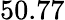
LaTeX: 50.77